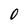
Character: O